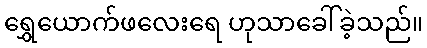
ရွှေယောက်ဖလေးရေ ဟုသာခေါ်ခဲ့သည်။